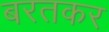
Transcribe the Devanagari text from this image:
बरतकर